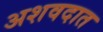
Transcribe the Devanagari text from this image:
अशवदात